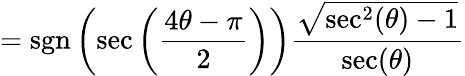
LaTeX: =\operatorname{sgn}\left(\sec\left({\frac{4\theta-\pi}{2}}\right)\right){\frac{\sqrt{\sec^{2}(\theta)-1}}{\sec(\theta)}}